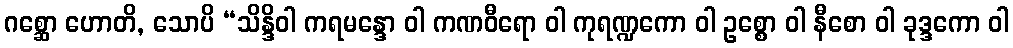
ဂစ္ဆော ဟောတိ, သောပိ “သိန္ဒိဝါ ကရမန္ဒော ဝါ ကဏဝီရော ဝါ ကုရဏ္ဍကော ဝါ ဥစ္စော ဝါ နီစော ဝါ ခုဒ္ဒကော ဝါ